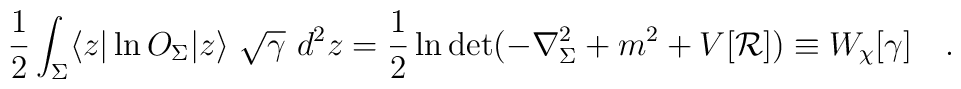
\frac 12 \int_{\Sigma}\langle z|\ln O_{\Sigma}|z \rangle ~\sqrt{\gamma}~d^{2}z=\frac 12 \ln \det(-\nabla^2_{\Sigma}+m^2+V[{\cal R}] )\equiv W_\chi[\gamma]~~~.